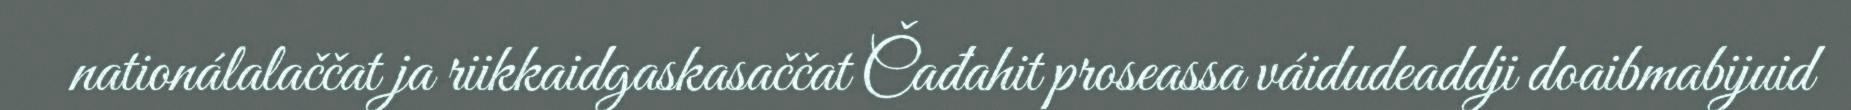
nationálalaččat ja riikkaidgaskasaččat Čađahit proseassa váidudeaddji doaibmabijuid